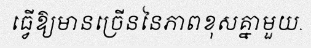
ធ្វើឱ្យមានច្រើននៃភាពខុសគ្នាមួយ.